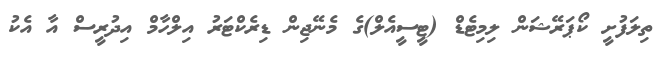
ތިލަފުށީ ކޯޕަރޭޝަން ލިމިޓެޑް (ޓީސީއެލް)ގެ މެނޭޖިން ޑިރެކްޓަރު އިލްހާމް އިދުރީސް އާ އެކު